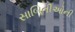
સાબિતીઓની